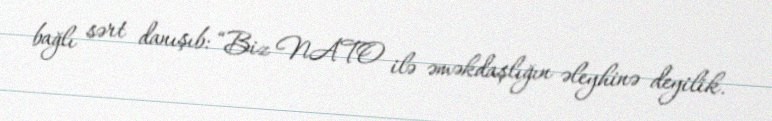
bağlı sərt danışıb: “Biz NATO ilə əməkdaşlığın əleyhinə deyilik.